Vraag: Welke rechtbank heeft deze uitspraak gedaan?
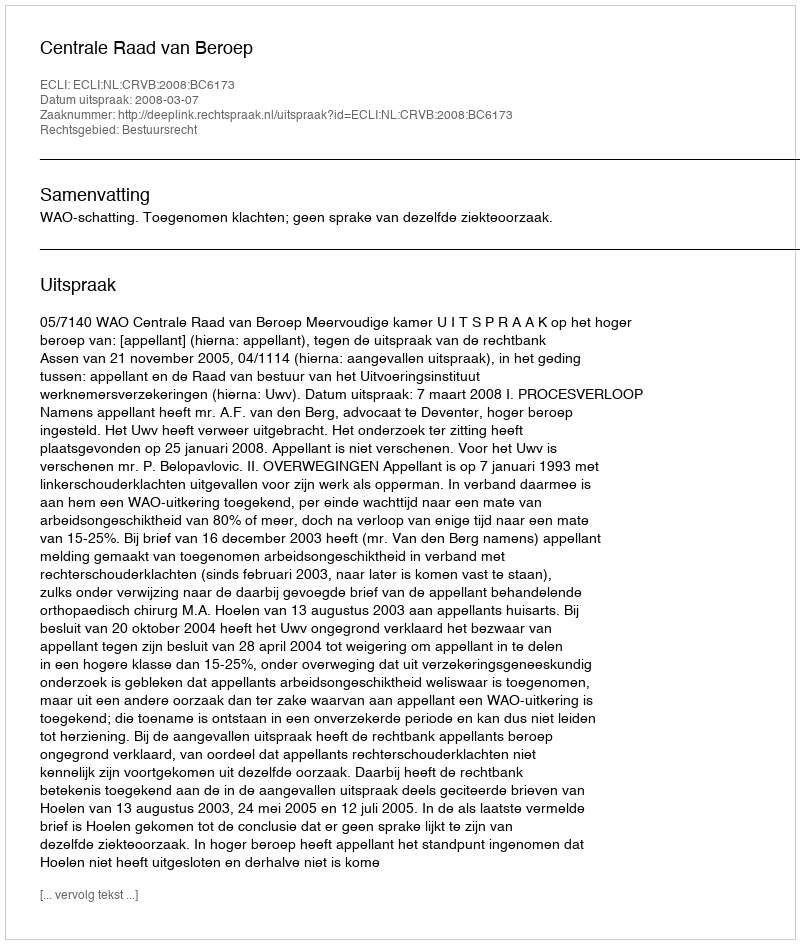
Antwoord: Centrale Raad van Beroep